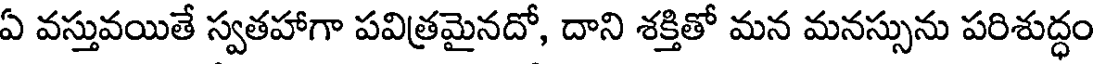
ఏ వస్తువయితే స్వతహాగా పవిత్రమైనదో, దాని శక్తితో మన మనస్సును పరిశుద్ధం